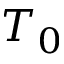
T _ { 0 }